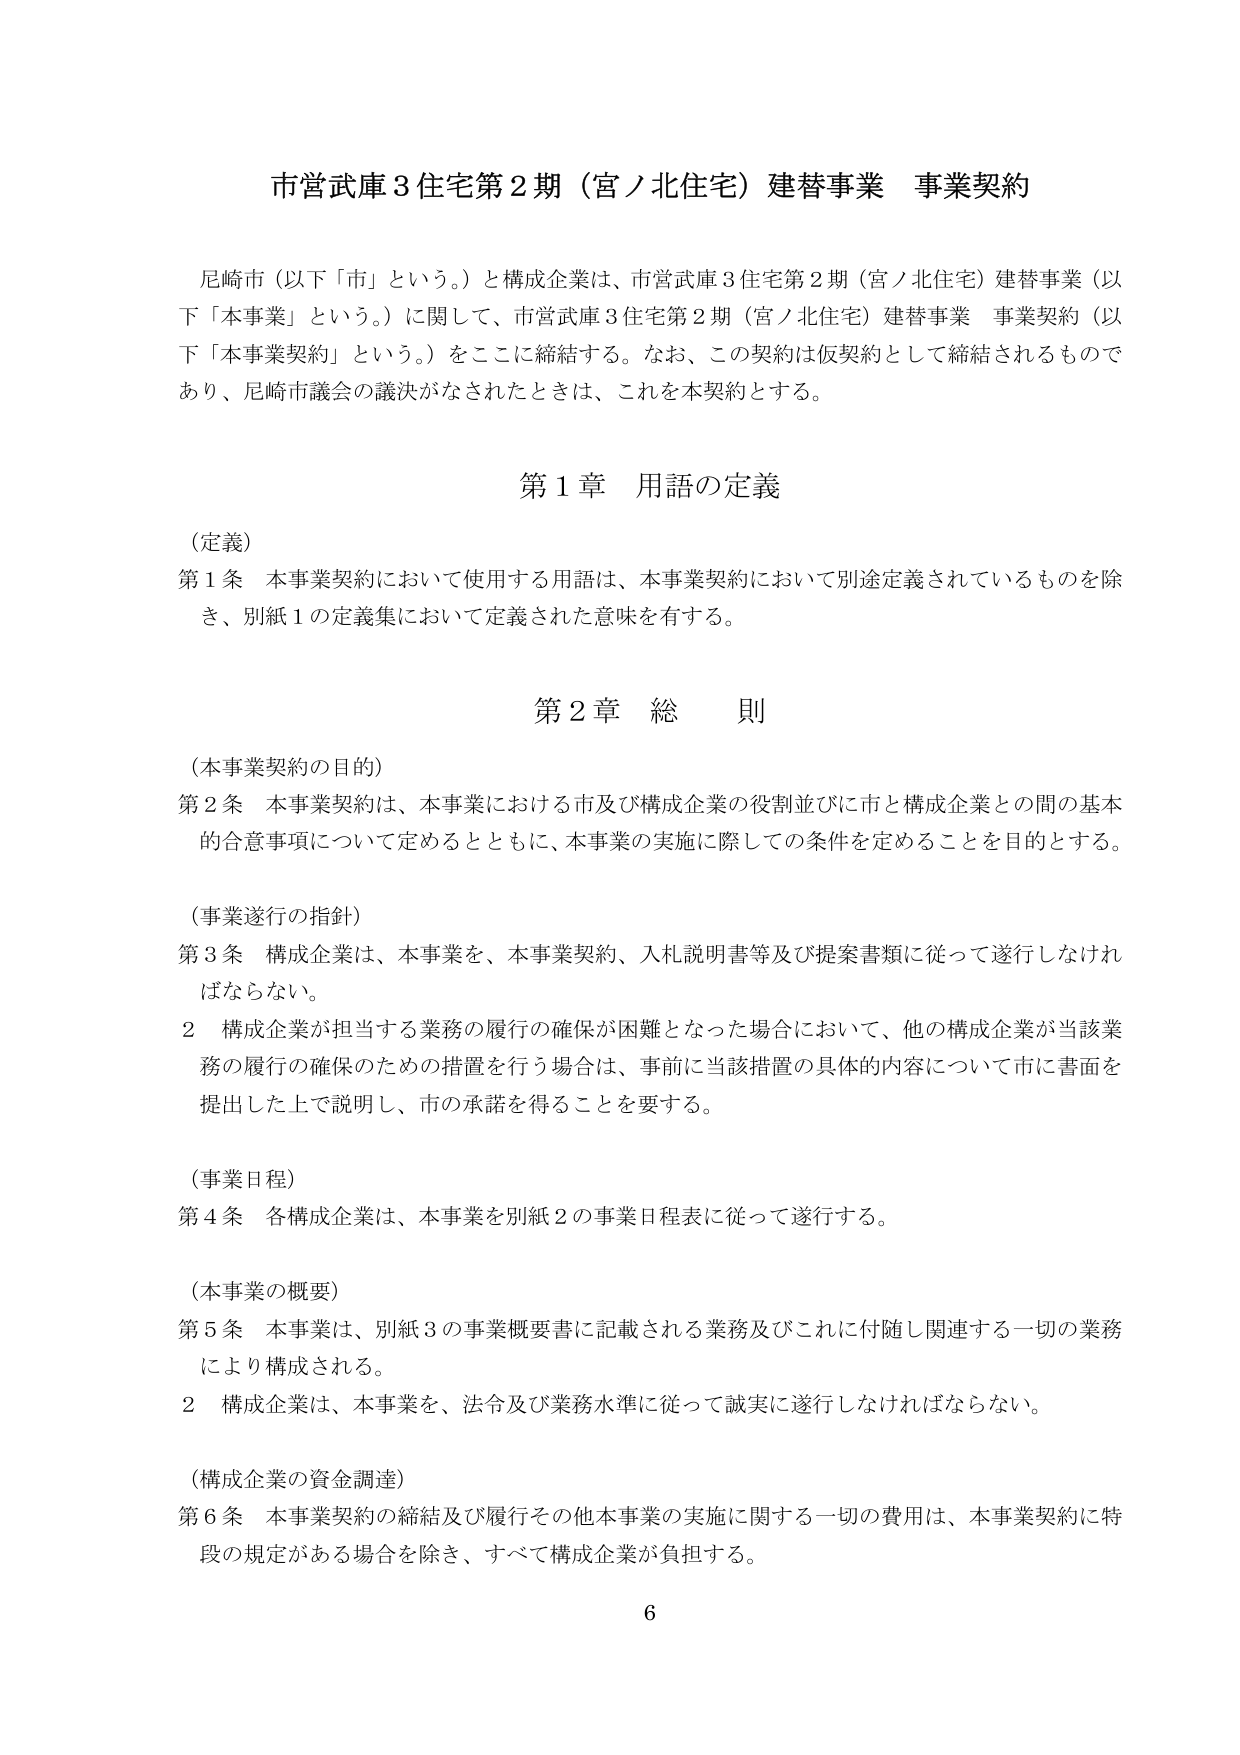
市営武庫３住宅第２期（宮ノ北住宅）建替事業 事業契約

尼崎市（以下「市」という。）と構成企業は、市営武庫３住宅第２期（宮ノ北住宅）建替事業（以下「本事業」という。）に関して、市営武庫３住宅第２期（宮ノ北住宅）建替事業 事業契約（以下「本事業契約」という。）をここに締結する。なお、この契約は仮契約として締結されるものであり、尼崎市議会の議決がなされたときは、これを本契約とする。

第１章 用語の定義

（定義）
第１条 本事業契約において使用する用語は、本事業契約において別途定義されているものを除き、別紙１の定義集において定義された意味を有する。

第２章 総 則

（本事業契約の目的）
第２条 本事業契約は、本事業における市及び構成企業の役割並びに市と構成企業との間の基本的合意事項について定めるとともに、本事業の実施に際しての条件を定めることを目的とする。

（事業遂行の指針）
第３条 構成企業は、本事業を、本事業契約、入札説明書等及び提案書類に従って遂行しなければならない。
２ 構成企業が担当する業務の履行の確保が困難となった場合において、他の構成企業が当該業務の履行の確保のための措置を行う場合は、事前に当該措置の具体的内容について市に書面を提出した上で説明し、市の承諾を得ることを要する。

（事業日程）
第４条 各構成企業は、本事業を別紙２の事業日程表に従って遂行する。

（本事業の概要）
第５条 本事業は、別紙３の事業概要書に記載される業務及びこれに付随し関連する一切の業務により構成される。
２ 構成企業は、本事業を、法令及び業務水準に従って誠実に遂行しなければならない。

（構成企業の資金調達）
第６条 本事業契約の締結及び履行その他本事業の実施に関する一切の費用は、本事業契約に特段の規定がある場合を除き、すべて構成企業が負担する。

6